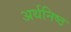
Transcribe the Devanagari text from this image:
अर्थनिष्ठ